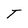
Character: T